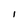
Character: I